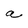
Character: a